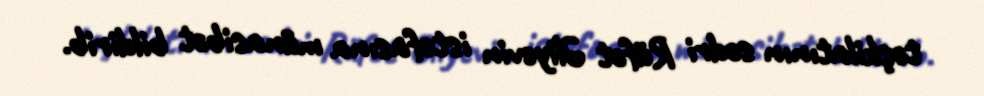
təşkilatının sədri Rüfət Əliyevin istefasına münasibət bildirib.